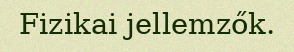
Fizikai jellemzők.